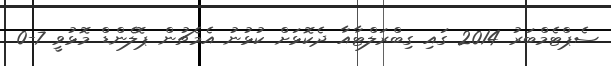
ސެޕްޓެމްބަރު 2014 ގައި ގިބްރަލްޓާއާ ދެކޮޅަށް ކުޅުނު އެމެޗުން ޕޮލެންޑް މޮޅުވީ 7-0